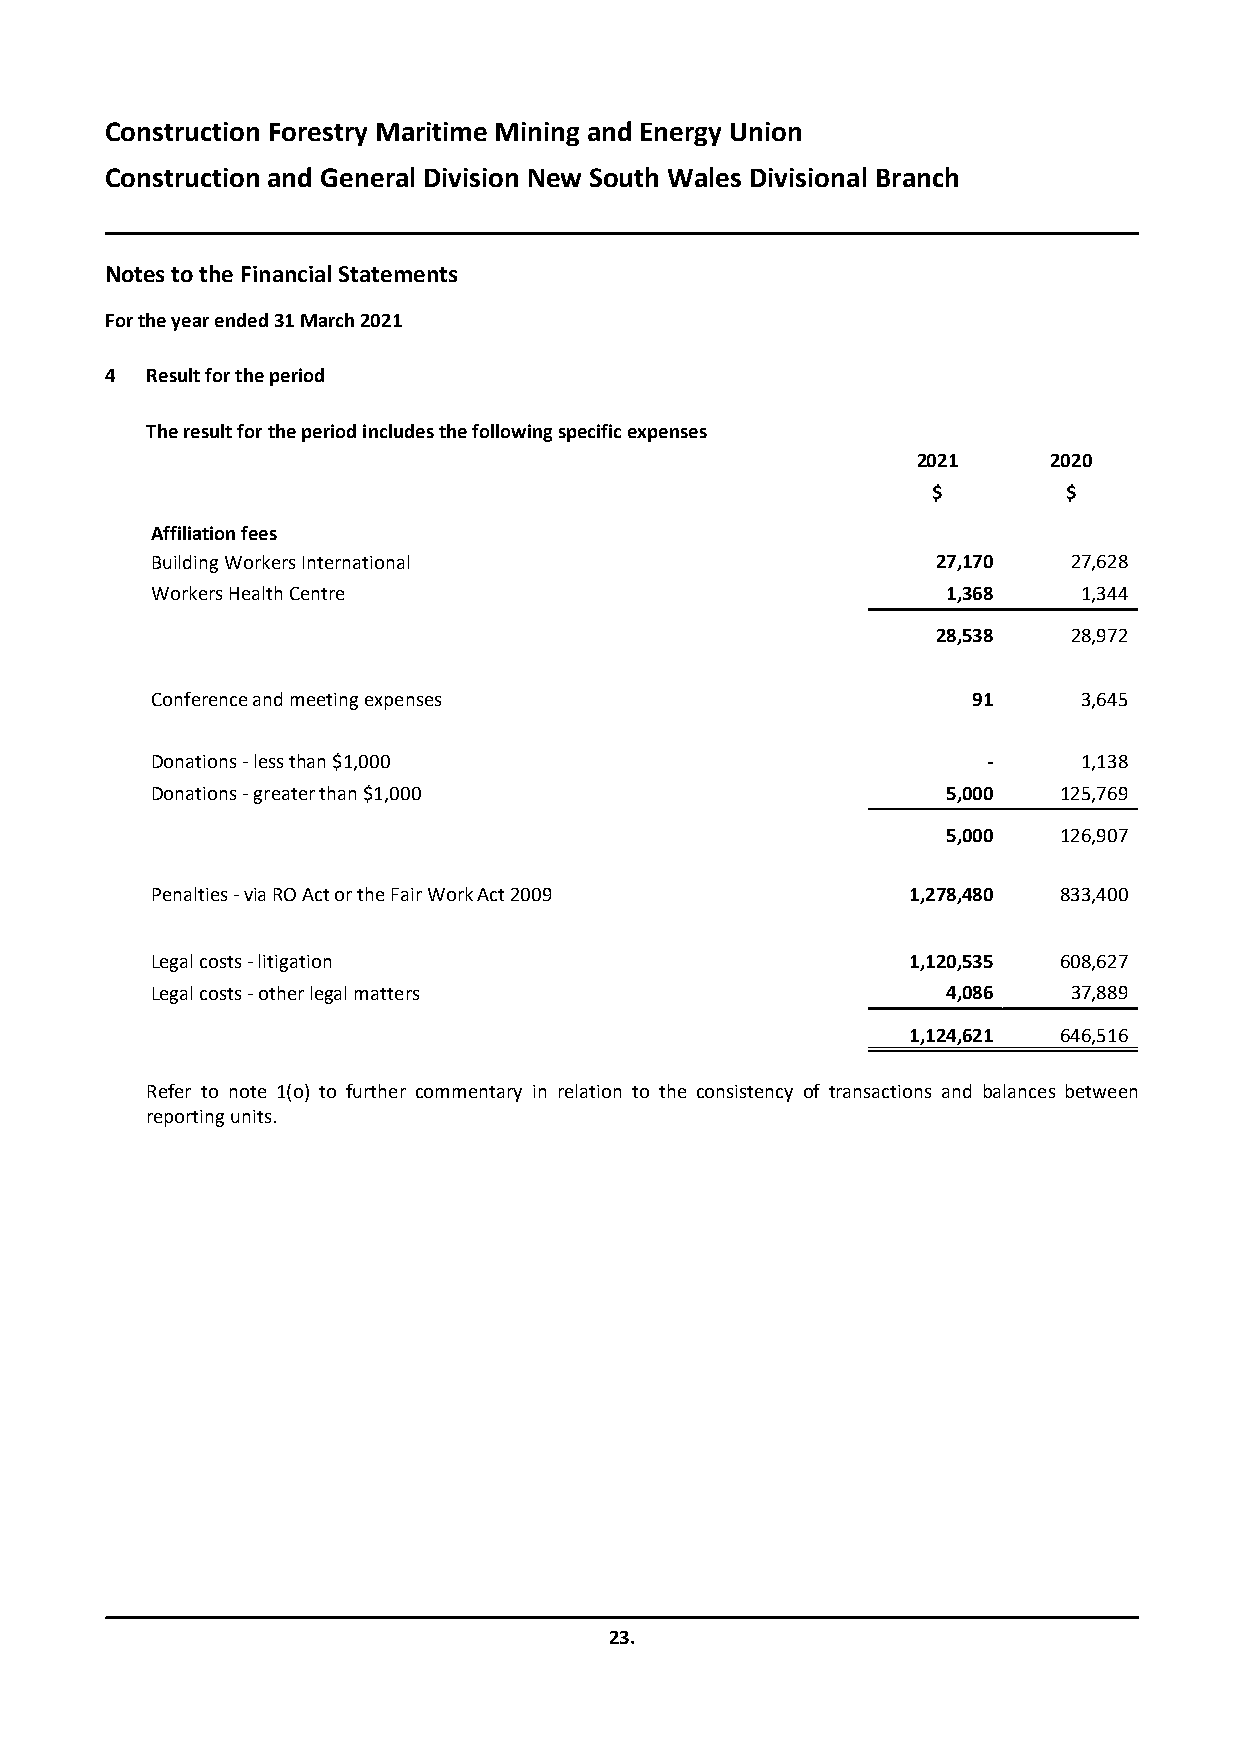
Construction Forestry Maritime Mining and Energy Union
 Construction and General Division New South Wales Divisional Branch
 Notes to the Financial Statements
 For the year ended31 March 2021
 4  Result for the period
 The result for the period includes the following specific expenses
 2021    2020
 $        $
 Affiliation fees
 Building Workers International                      27,170   27,628
 Workers Health Centre                                1,368    1,344
 28,538   28,972
 Conference and meeting expenses                       91      3,645
 Donations - less than $1,000                           -      1,138
 Donations - greater than $1,000                      5,000  125,769
 5,000  126,907
 Penalties - via RO Act or the Fair Work Act 2009  1,278,480 833,400
 Legal costs - litigation                          1,120,535 608,627
 Legal costs - other legal matters                    4,086   37,889
 1,124,621 646,516
 Refer to note 1(o) to further commentary in relation to the consistency of transactions and balances between
 reporting units.
 23.